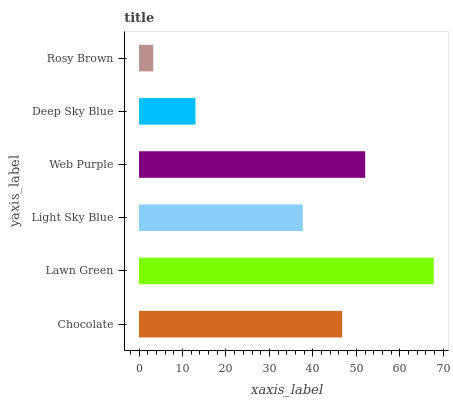
| yaxis_label | bars |
 | --- | --- |
 | Chocolate | 46.7 |
 | Lawn Green | 67.8 |
 | Light Sky Blue | 37.7 |
 | Web Purple | 52 |
 | Deep Sky Blue | 13 |
 | Rosy Brown | 3.29 |